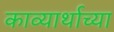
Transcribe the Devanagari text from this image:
काव्यार्थाच्या